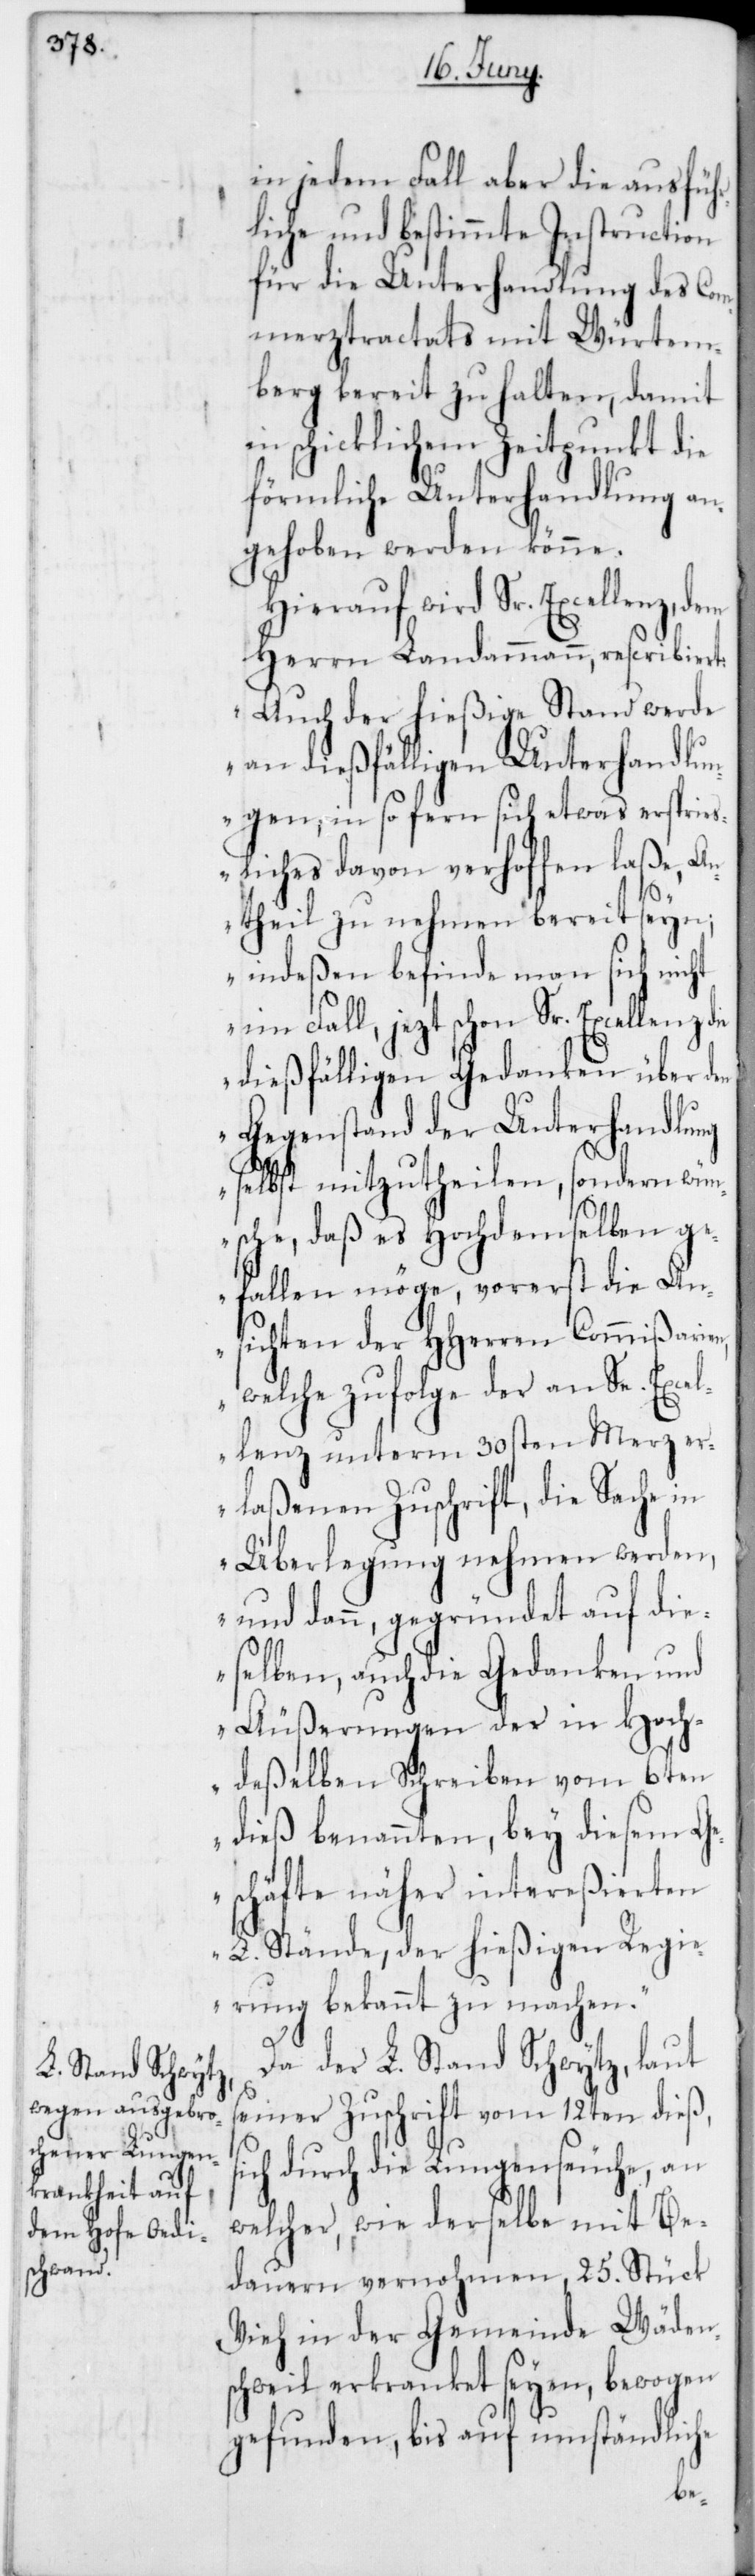
s¬

in jedem Fall aber die ausführ¬
liche und bestimmte Instruction
für die Unterhandlung des Com¬
merztractats mit Würtem¬
berg bereit zu halten, damit
in schicklichem Zeitpunkt die
förmliche Unterhandlung an¬
gehoben werden könne.
Hierauf wird Sr. Excellenz,
Herrn Landammann, rescribiert:
„Auch der hießige Stand werde
an dießfälligen Unterhandlun¬
gen, in so fern sich etwas ersprieß¬
liches davon verhoffen laße, An¬
theil zu nehmen bereit seyn;
indeßen befinde man sich nicht
im Fall, jetzt schon Sr.
dießfälligen Gedanken über den
Gegenstand der Unterhandlung
selbst mitzutheilen, sondern wün¬
sche, daß es Hochdemselben ge¬
fallen möge, vorerst die An¬
sichten der HHerren Commißarien,
welche zufolge der an Se. Exce¬
llenz unterm 30sten Merz er¬
laßenen Zuschrift, die Sache in
Überlegung nehmen werden,
und dann, gegründet auf die¬
selben, auch die Gedanken und
Äußerungen der in Hoch¬
deßelben Schreiben vom 6ten
dieß benannten, bey diesem
eschäfte näher intereßierten
L. Stände, der hießigen Regi¬
erung bekannt zu machen.“
Da der L. Stand Schwytz, laut
seiner Zuschrift vom 12ten dieß,
ich durch die Lungenseuche, an
welcher, wie derselbe mit Be¬
dauern vernohmen, 25. Stück
Vieh in der Gemeinde Wäden¬
schweil erkranket seyen, bewogen
gefunden, bis auf umständliche